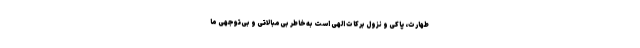
طهارت، پاکی و نزول برکات الهی است به‌خاطر بی‌مبالاتی و بی‌توجهی ما